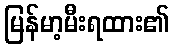
မြန်မာ့မီးရထား၏